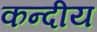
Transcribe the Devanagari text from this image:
कन्दीय